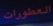
العطورات